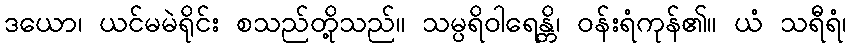
ဒယော၊ ယင်မမဲရိုင်း စသည်တို့သည်။ သမ္ပရိဝါရေန္တိ၊ ဝန်းရံကုန်၏။ ယံ သရီရံ၊